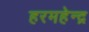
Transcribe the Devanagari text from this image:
हरमहेन्द्र